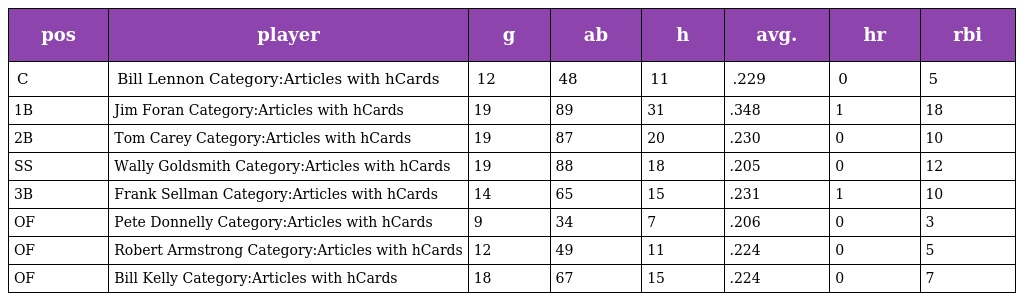
| pos | player | g | ab | h | avg. | hr | rbi |
 | --- | --- | --- | --- | --- | --- | --- | --- |
 | C | Bill Lennon Category:Articles with hCards | 12 | 48 | 11 | .229 | 0 | 5 |
 | 1B | Jim Foran Category:Articles with hCards | 19 | 89 | 31 | .348 | 1 | 18 |
 | 2B | Tom Carey Category:Articles with hCards | 19 | 87 | 20 | .230 | 0 | 10 |
 | SS | Wally Goldsmith Category:Articles with hCards | 19 | 88 | 18 | .205 | 0 | 12 |
 | 3B | Frank Sellman Category:Articles with hCards | 14 | 65 | 15 | .231 | 1 | 10 |
 | OF | Pete Donnelly Category:Articles with hCards | 9 | 34 | 7 | .206 | 0 | 3 |
 | OF | Robert Armstrong Category:Articles with hCards | 12 | 49 | 11 | .224 | 0 | 5 |
 | OF | Bill Kelly Category:Articles with hCards | 18 | 67 | 15 | .224 | 0 | 7 |